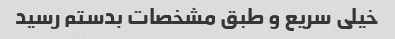
خیلی سریع و طبق مشخصات بدستم رسید